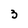
Character: 3